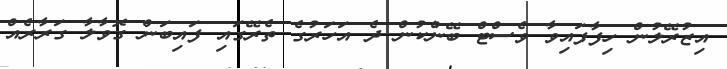
އިޒުރޭލުން ހިފާފައިވާ ވެސްޓް ބޭންކުން ދެ އަހަރުގެ ތެރޭގައި ފައިބަން ގޮވާލާ ގަރާރެއް